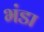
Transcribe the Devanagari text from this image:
भंडा